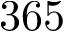
3 6 5